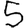
Digit: 5